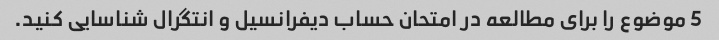
5 موضوع را برای مطالعه در امتحان حساب دیفرانسیل و انتگرال شناسایی کنید.